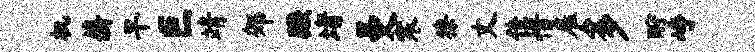
机薪旱巨靖郊蹶堵曼寒獠丈佳惜雇多酹峥